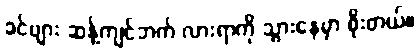
ခင်ဗျား ဆန့်ကျင်ဘက် လားရာကို သွားနေမှာ စိုးတယ်။